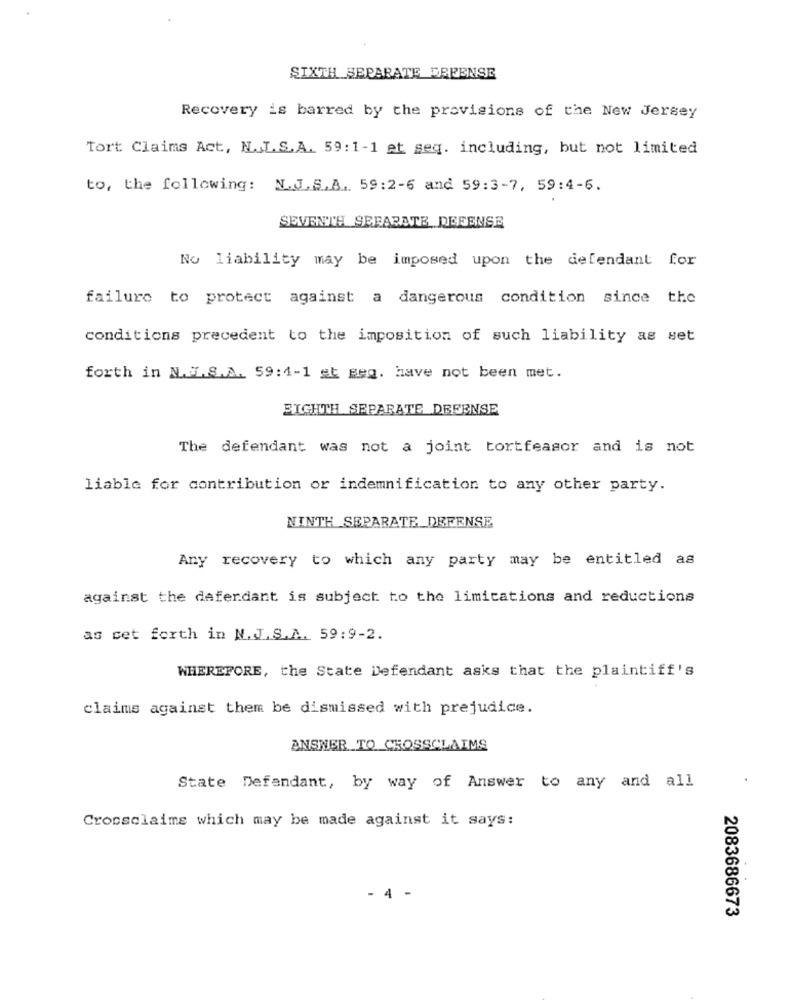
SIXTH SEPARATE DEFENSE
Recovery is barred by the provisions of the New Jersey
Tort Claims Act, N.L.S.A. 59:1-1 et seq. including, but not limited
to, the following: N. J.S.A. 59:2-6 and 59:3-7, 59:4-6.
SEVENTH SEPARATE DEFENSE
No liability may be imposed upon the defendant for
failure to protect against a dangerous condition since the
conditions precedent to the imposition of such liability as set
forth in N.T.S.A. 59:4-1 st geg. have not been met.
EIGHTH SEPARATE DEFENSE
The defendant was not a joint tortfeasor and is not
liable for contribution or indemnification to any other party.
NINTH SEPARATE_DEFENSE
Any recovery to which any party may be entitled as
against the defendant is subject to the limitations and reductions
as set forth in N. J.S.A. 59:9-2.
WHEREFORE, the State Defendant asks that the plaintiff's
claims against them be dismissed with prejudice.
ANSNER TO CROSSCLAIMS
State Defendant, by way of Answer to any and all
Crocsclaims which may be made against it says:
- 4 -
2083686673